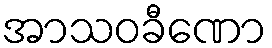
အာသဝခီဏော